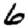
Digit: 6